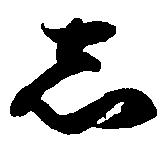
し